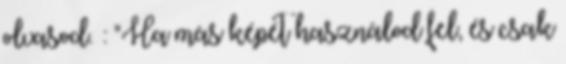
olvasod. : "Ha más képét használod fel, és csak